Annual report on the Civil Veterinary Department, Burma (including the Insein Veterinary School) - 1923-1931
Year: 1923
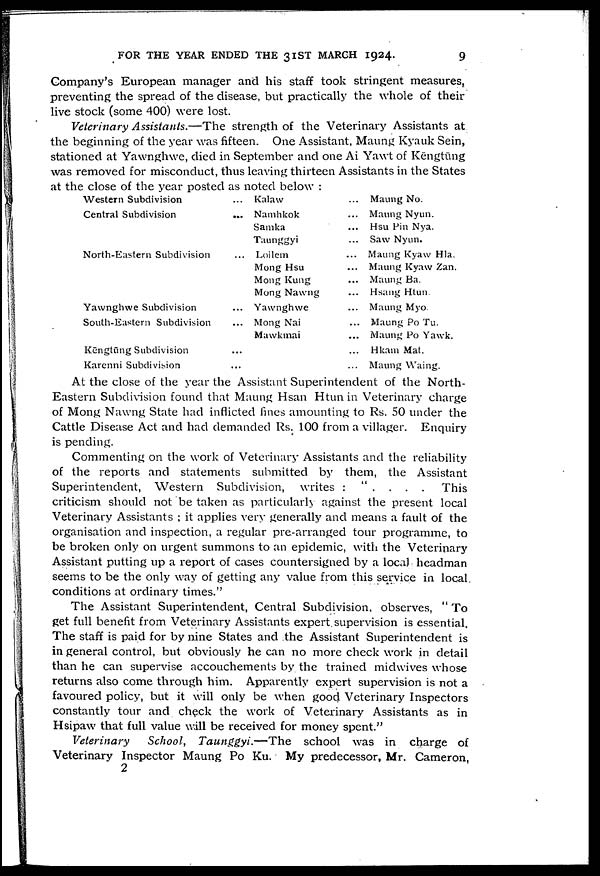
FOR THE YEAR ENDED THE 31ST MARCH 1924.
9
Company's European manager and his staff took stringent measures,
preventing the spread of the disease, but practically the whole of their
live stock (some 400) were lost.
Veterinary Assistants.—The
strength of the Veterinary Assistants at
the beginning of the year was fifteen. One Assistant, Maung Kyauk Sein,
stationed at Yawnghwe, died in September and one Ai Yawt of Kēngtūng
was removed for misconduct, thus leaving thirteen Assistants in the States
at the close of the year posted as noted below :
Western Subdivision ...
Central Subdivision
...
North-Eastern Subdivision ...
Yawnghwe Subdivision ...
South-Eastern Subdivision ...
Kēngtūng Subdivision ...
Karenni Subdivision ...
Kalaw ...
Namhkok ...
Samka ...
Taunggyi ...
Loilem ...
Mong Hsu ...
Mong Kung ...
Mong Nawng ...
Yawnghwe ...
Mong Nai ...
Mawkmai ...
...
...
Maung No.
Maung Nyun.
Hsu Pin Nya.
Saw Nyun.
Maung Kyaw Hla.
Maung Kyaw Zan.
Maung Ba.
Hsang Htun.
Maung Myo.
Maung Po Tu.
Maung Po Yawk.
Hkam Mat.
Maung Waing.
At the close of the year the Assistant Superintendent of the North-
Eastern Subdivision found that Maung Hsan Htun in Veterinary charge
of Mong Nawng State had inflicted fines amounting to Rs. 50 under the
Cattle Disease Act and had demanded Rs. 100 from a villager. Enquiry
is pending.
Commenting on the work of Veterinary Assistants and the reliability
of the reports and statements submitted by them, the Assistant
Superintendent, Western Subdivision, writes : " . . . .
This
criticism should not be taken as particularly against the present local
Veterinary Assistants ; it applies very generally and means a fault of the
organisation and inspection, a regular pre-arranged tour programme, to
be broken only on urgent summons to an epidemic, with the Veterinary
Assistant putting up a report of cases countersigned by a local headman
seems to be the only way of getting any value from this service in local
conditions at ordinary times."
The Assistant Superintendent, Central Subdivision, observes, "To
get full benefit from Veterinary Assistants expert supervision is essential.
The staff is paid for by nine States and the Assistant Superintendent is
in general control, but obviously he can no more check work in detail
than he can supervise accouchements by the trained midwives whose
returns also come through him. Apparently expert supervision is not a
favoured policy, but it will only be when good Veterinary Inspectors
constantly tour and check the work of Veterinary Assistants as in
Hsipaw that full value will be received for money spent."
Veterinary
School, Taunggyi.—The
school was in charge of
Veterinary Inspector Maung Po Ku. My predecessor, Mr. Cameron,
2